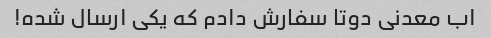
اب معدنی دوتا سفارش دادم که یکی ارسال شده!